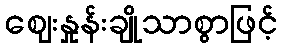
ဈေးနှုန်းချိုသာစွာဖြင့်